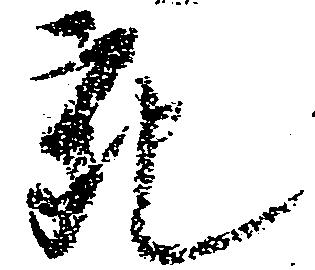
充